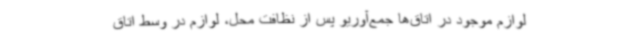
لوازم موجود در اتاق‌ها جمع‌آوریو پس از نظافت محل، لوازم در وسط اتاق